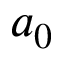
a _ { 0 }